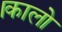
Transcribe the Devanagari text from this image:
।कालो